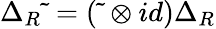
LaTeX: \Delta_{R}\widetilde{\ }=(\widetilde{\ }\otimes id)\Delta_{R}